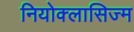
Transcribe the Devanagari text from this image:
नियोक्लासिज्म